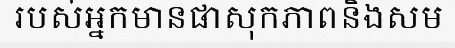
របស់អ្នកមានផាសុកភាពនិងសម